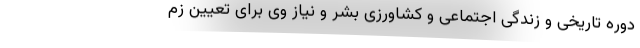
دوره تاریخی و زندگی اجتماعی و کشاورزی بشر و نیاز وی برای تعيين زم